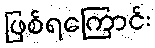
ဖြစ်ရကြောင်း